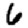
Digit: 6